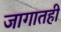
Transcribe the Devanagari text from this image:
जागातही